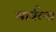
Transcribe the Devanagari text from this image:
मार्वल्स